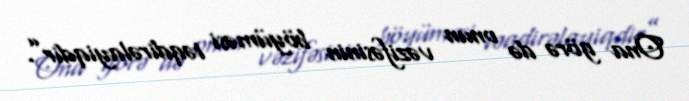
Ona görə də onun vəzifəsinin böyüməsi təqdirəlayiqdir”.